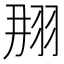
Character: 𦐃